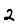
Digit: 2